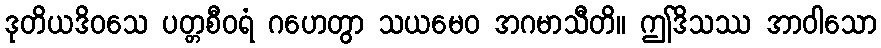
ဒုတိယဒိဝသေ ပတ္တစီဝရံ ဂဟေတွာ သယမေဝ အဂမာသီတိ။ ဤဒိသဿ အာဝါသော